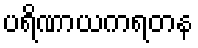
ပရိဏာယကရတန